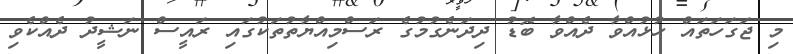
މި ޖަގަހަތައް ހުޅުއްވާ ދެއްވާ ބޮޑު ދިދަނެގުމުގެ ރަސްމިއްޔާތުތަކުގައި ރައީސް ނަޝީދު ދެއްކެވި